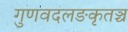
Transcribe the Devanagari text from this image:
गुणवदलङकृतञ्च